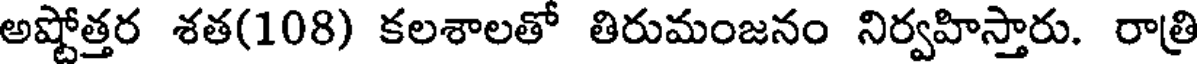
అష్టోత్తర శత(108) కలశాలతో తిరుమంజనం నిర్వహిస్తారు. రాత్రి